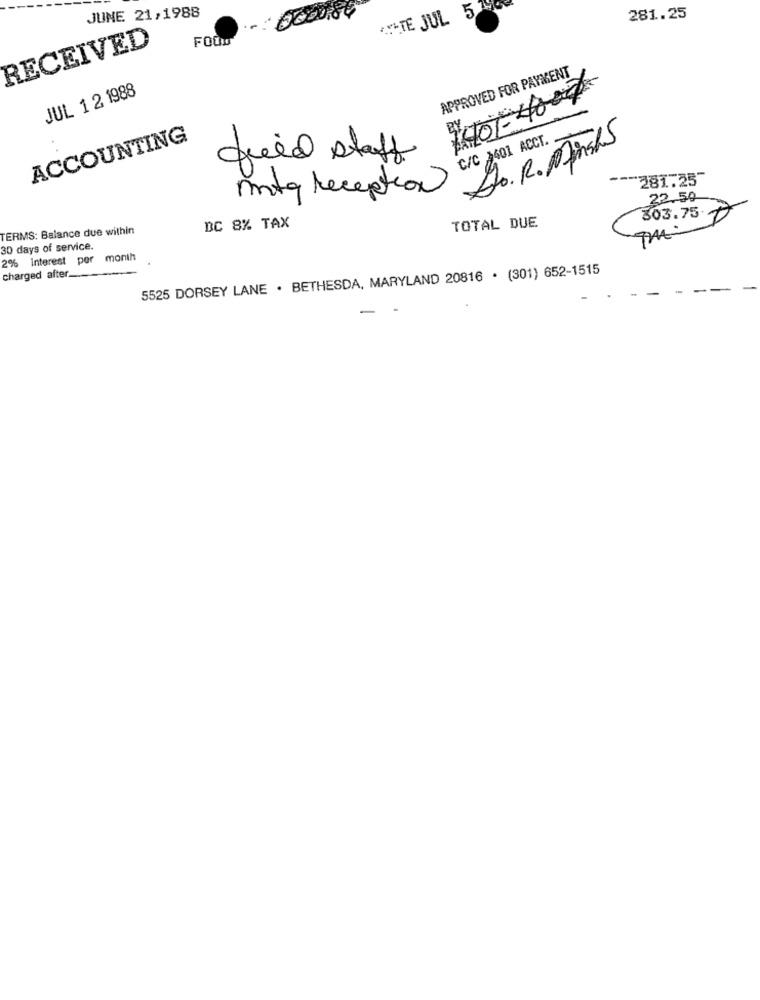
A-TE JUL 5
JUNE 21,1988
281.25
RECEIVED
FOOD
APPROVED FOR PAYMENT
JUL 1 2 1988
ACCOUNTING
C/C $401 ACCT. -
Do. R. Minshs
fied staff
281.25"
mtg reception
22.59
303.75
TERMS: Balance due within
BC 8% TAX
TOTAL DUE
30 days of service.
2% Interest per month
5525 DORSEY LANE . BETHESDA, MARYLAND 20816 · (301) 652-1515
charged after _.